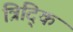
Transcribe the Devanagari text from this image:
त्रिद्कि